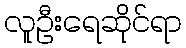
လူဦးရေဆိုင်ရာ